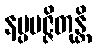
နပ္ပမဇ္ဇိတုန္တိ